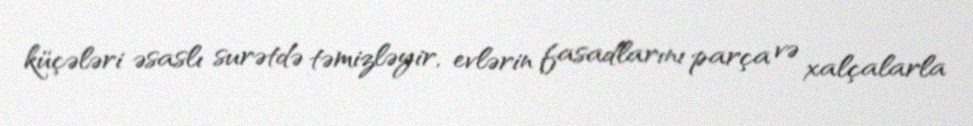
küçələri əsaslı surətdə təmizləyir, evlərin fasadlarını parça və xalçalarla